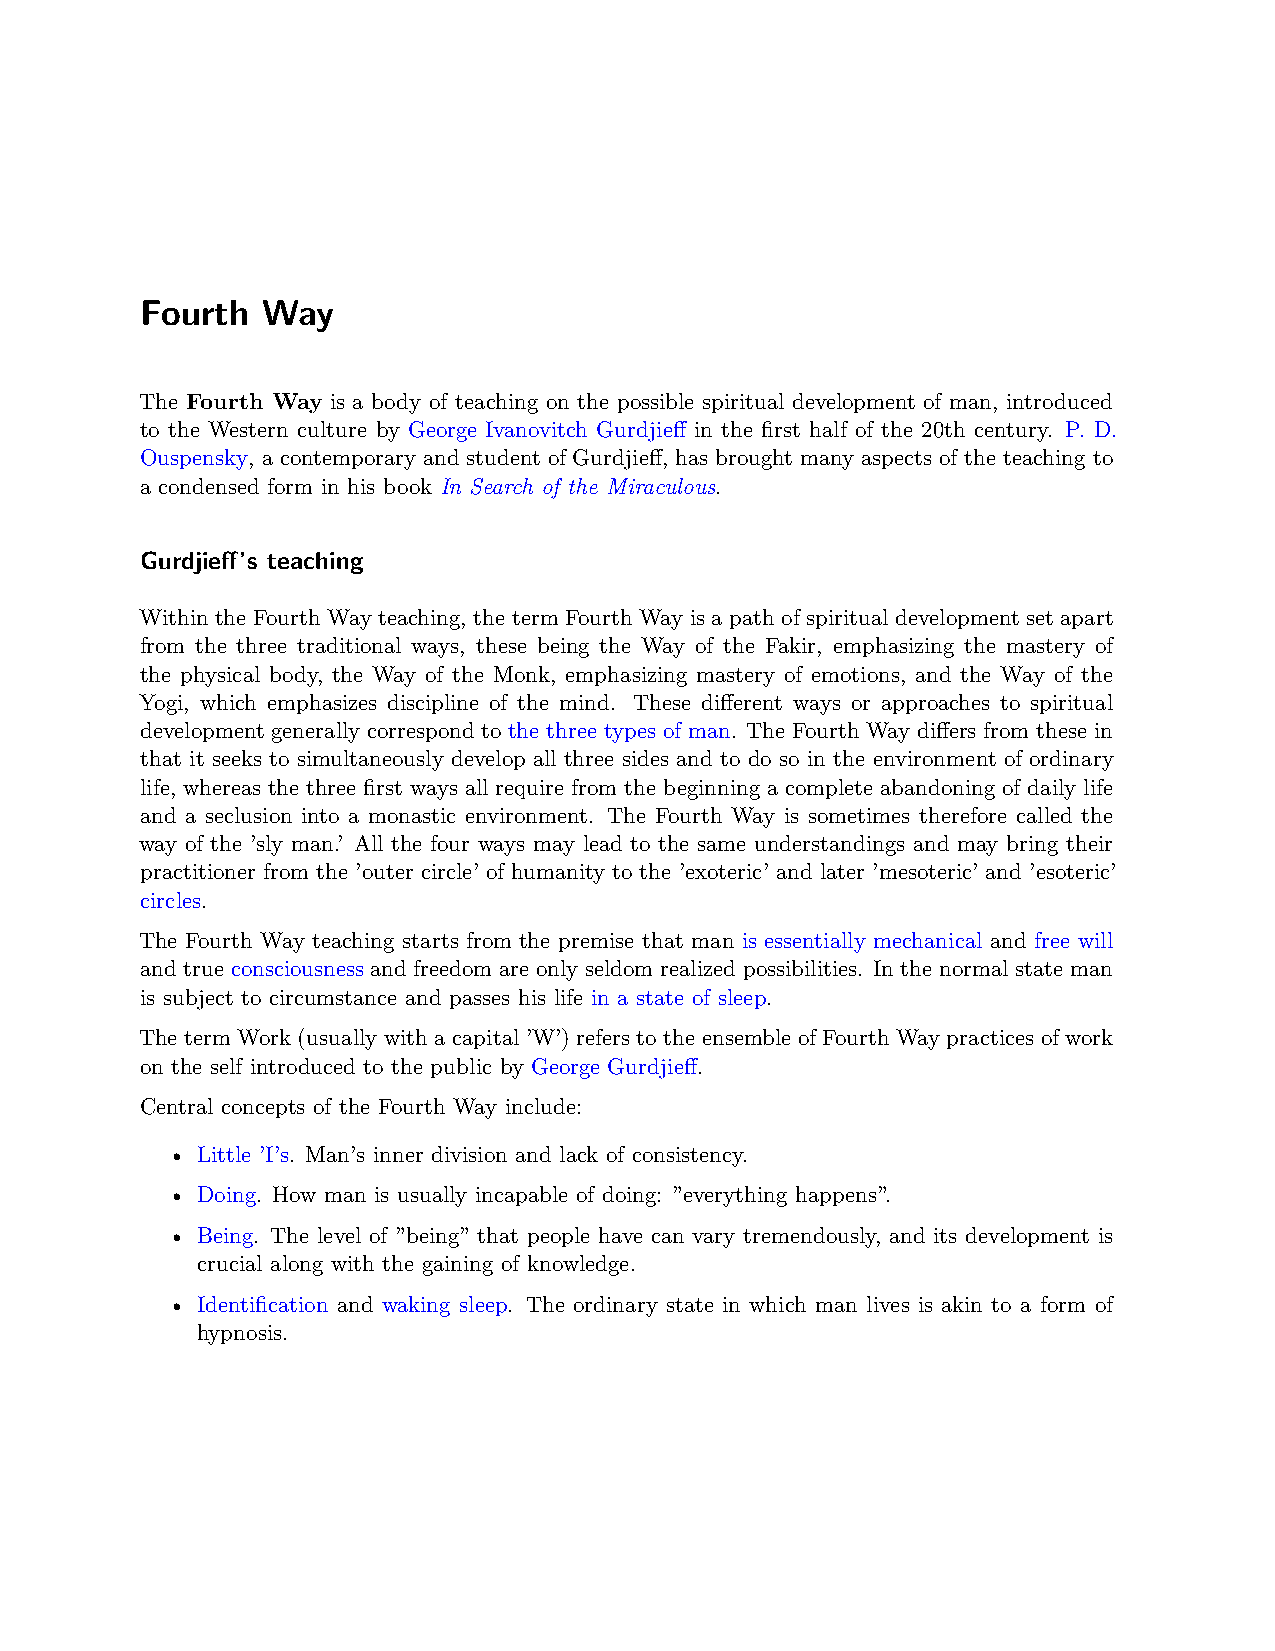
Fourth  Way
 The Fourth Way is a body of teaching on the possible spiritual development of man, introduced
 to the Western culture by George Ivanovitch Gurdjieff in the first half of the 20th century. P. D.
 Ouspensky, a contemporary and student of Gurdjieff, has brought many aspects of the teaching to
 a condensed form in his book In Search of the Miraculous.
 Gurdjieff’s teaching
 Within the Fourth Way teaching, the term Fourth Way is a path of spiritual development set apart
 from the three traditional ways, these being the Way of the Fakir, emphasizing the mastery of
 the physical body, the Way of the Monk, emphasizing mastery of emotions, and the Way of the
 Yogi, which emphasizes discipline of the mind. These different ways or approaches to spiritual
 development generally correspond to the three types of man. The Fourth Way differs from these in
 that it seeks to simultaneously develop all three sides and to do so in the environment of ordinary
 life, whereas the three first ways all require from the beginning a complete abandoning of daily life
 and a seclusion into a monastic environment. The Fourth Way is sometimes therefore called the
 way of the ’sly man.’ All the four ways may lead to the same understandings and may bring their
 practitioner from the ’outer circle’ of humanity to the ’exoteric’ and later ’mesoteric’ and ’esoteric’
 circles.
 The Fourth Way teaching starts from the premise that man is essentially mechanical and free will
 and true consciousness and freedom are only seldom realized possibilities. In the normal state man
 is subject to circumstance and passes his life in a state of sleep.
 The term Work (usually with a capital ’W’) refers to the ensemble of Fourth Way practices of work
 on the self introduced to the public by George Gurdjieff.
 Central concepts of the Fourth Way include:
 • Little ’I’s. Man’s inner division and lack of consistency.
 • Doing. How man is usually incapable of doing: ”everything happens”.
 • Being. The level of ”being” that people have can vary tremendously, and its development is
 crucial along with the gaining of knowledge.
 • Identification and waking sleep. The ordinary state in which man lives is akin to a form of
 hypnosis.